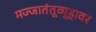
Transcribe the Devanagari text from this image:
मज्जातंतूव्यूहावर